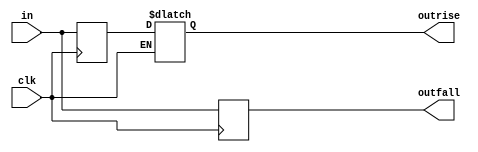
//#############################################################################
//# Function: Dual data rate input buffer                                     #
//# Copyright: Lambda Project Authors. All rights Reserved.                   #
//# License:  MIT (see LICENSE file in Lambda repository)                     #
//#############################################################################

module la_iddr #(
    parameter PROP = "DEFAULT"
) (
    input      clk,      // clock
    input      in,       // data input sampled on both edges of clock
    output reg outrise,  // rising edge sample
    output reg outfall   // falling edge sample
);

    // Negedge Sample
    always @(negedge clk) outfall <= in;

    // Posedge Sample
    reg inrise;
    always @(posedge clk) inrise <= in;

    // Posedge Latch (for hold)
    always @(clk or inrise) if (~clk) outrise <= inrise;

endmodule